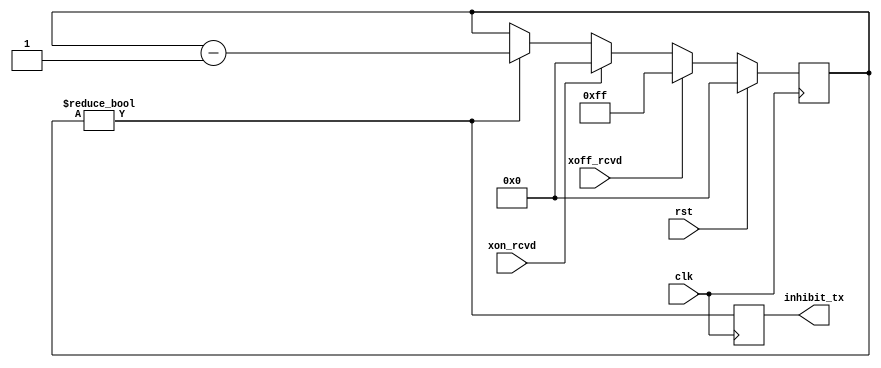
module serdes_fc_tx
  (input clk, input rst,
   input xon_rcvd, input xoff_rcvd, output reg inhibit_tx);

   // XOFF means stop sending, XON means start sending
   // clock domain stuff happens elsewhere, everything here is on main clk

   reg [15:0] state;
   always @(posedge clk)
     if(rst)
       state <= 0;
     else if(xoff_rcvd)
       state <= 255;
     else if(xon_rcvd)
       state <= 0;
     else if(state !=0)
       state <= state - 1;

   always @(posedge clk)
     inhibit_tx <= (state != 0);
   
endmodule